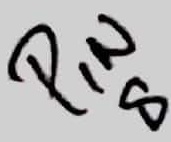
Text: PIN8